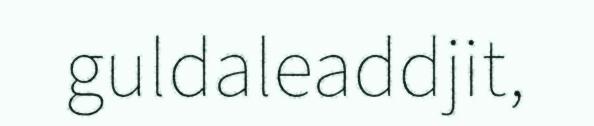
guldaleaddjit,